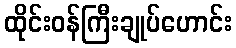
ထိုင်းဝန်ကြီးချုပ်ဟောင်း